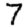
Digit: 7